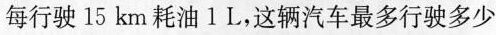
每行驶15km耗油1L，这辆汽车最多行驶多少